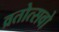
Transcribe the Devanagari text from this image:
व्रतोत्सवो